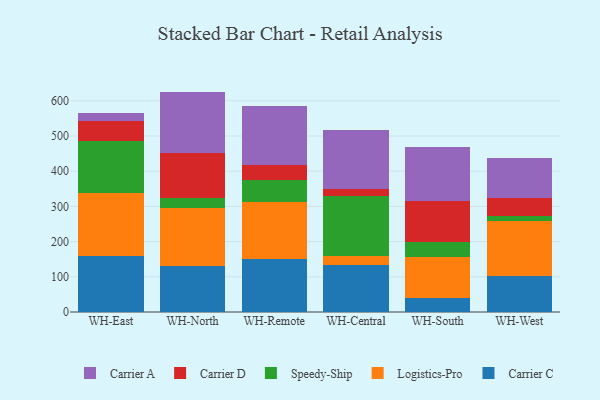
{"axis": {"x": "Warehouse", "y": "Bounce Rate (%)"}, "legend": ["Carrier A", "Carrier C", "Carrier D", "Logistics-Pro", "Speedy-Ship"], "data": [{"x": "WH-East", "y": 160.1, "type": "Carrier C"}, {"x": "WH-East", "y": 179.1, "type": "Logistics-Pro"}, {"x": "WH-East", "y": 146.9, "type": "Speedy-Ship"}, {"x": "WH-East", "y": 56.8, "type": "Carrier D"}, {"x": "WH-East", "y": 21.6, "type": "Carrier A"}, {"x": "WH-North", "y": 130.4, "type": "Carrier C"}, {"x": "WH-North", "y": 166.2, "type": "Logistics-Pro"}, {"x": "WH-North", "y": 26.8, "type": "Speedy-Ship"}, {"x": "WH-North", "y": 129.7, "type": "Carrier D"}, {"x": "WH-North", "y": 173.1, "type": "Carrier A"}, {"x": "WH-Remote", "y": 149.9, "type": "Carrier C"}, {"x": "WH-Remote", "y": 161.3, "type": "Logistics-Pro"}, {"x": "WH-Remote", "y": 63.3, "type": "Speedy-Ship"}, {"x": "WH-Remote", "y": 42.2, "type": "Carrier D"}, {"x": "WH-Remote", "y": 168.6, "type": "Carrier A"}, {"x": "WH-Central", "y": 134.3, "type": "Carrier C"}, {"x": "WH-Central", "y": 25.7, "type": "Logistics-Pro"}, {"x": "WH-Central", "y": 170.3, "type": "Speedy-Ship"}, {"x": "WH-Central", "y": 20.2, "type": "Carrier D"}, {"x": "WH-Central", "y": 165.9, "type": "Carrier A"}, {"x": "WH-South", "y": 41.2, "type": "Carrier C"}, {"x": "WH-South", "y": 114.9, "type": "Logistics-Pro"}, {"x": "WH-South", "y": 42.9, "type": "Speedy-Ship"}, {"x": "WH-South", "y": 116.2, "type": "Carrier D"}, {"x": "WH-South", "y": 153.2, "type": "Carrier A"}, {"x": "WH-West", "y": 102.8, "type": "Carrier C"}, {"x": "WH-West", "y": 156.6, "type": "Logistics-Pro"}, {"x": "WH-West", "y": 13.7, "type": "Speedy-Ship"}, {"x": "WH-West", "y": 49.9, "type": "Carrier D"}, {"x": "WH-West", "y": 115.0, "type": "Carrier A"}]}